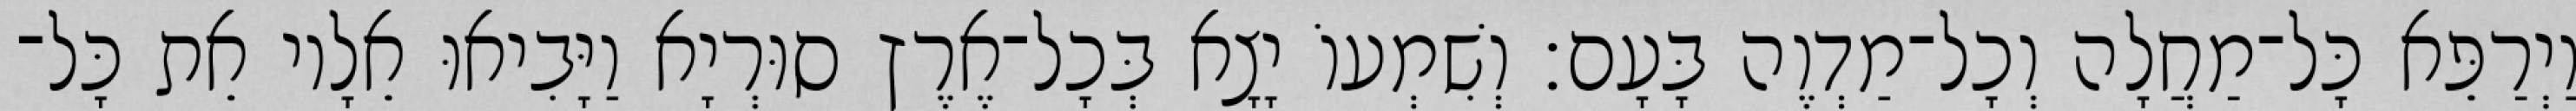
וַיְרַפֵּא כָּל־מַחֲלָה וְכָל־מַדְוֶה בָּעָם׃ וְשִׁמְעוֹ יָצָא בְּכָל־אֶרֶץ סוּרְיָא וַיָּבִיאוּ אֵלָיו אֵת כָּל־